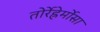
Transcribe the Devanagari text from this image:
तोर्रेह्रेर्मोसा